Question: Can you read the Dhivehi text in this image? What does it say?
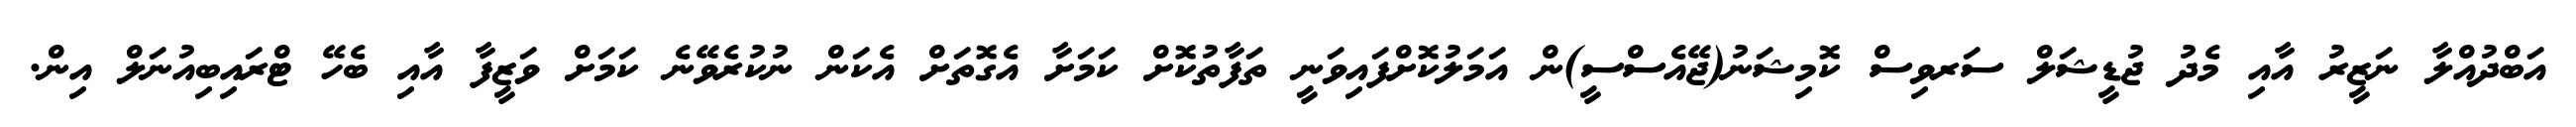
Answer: އަބްދުއްލާ ނަޒީރު އާއި މެދު ޖުޑީޝަލް ސަރވިސް ކޮމިޝަނު(ޖޭއެސްސީ)ން އަމަލުކޮށްފައިވަނީ ތަފާތުކޮށް ކަމަށާ އެގޮތަށް އެކަން ނުކުރެވޭނެ ކަމަށް ވަޒީފާ އާއި ބެހޭ ޓްރައިބިއުނަލް އިން.